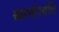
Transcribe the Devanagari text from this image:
स्वरयोरसंधि